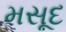
મસૂદ